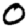
Digit: 0